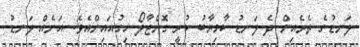
ލަނޑުގެ ތެރެއިން ދެ ލަނޑު ކާމިޔާބު ކުރީ ގޮންޒާލޯ ހިގުއައިންއެވެ. އަނެއް ލަނޑު